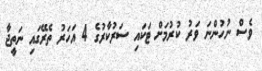
ވެސް ނުހުންނަ ވަރު ކުރުމަށް ޓަކައި ސަރުކާރުގެ 4 އަހަރު ތެރޭގައި ނަތީޖާ